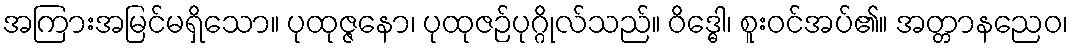
အကြားအမြင်မရှိသော။ ပုထုဇ္ဇနော၊ ပုထုဇဉ်ပုဂ္ဂိုလ်သည်။ ဝိဒ္ဓေါ၊ စူးဝင်အပ်၏။ အတ္တာနညေဝ၊